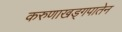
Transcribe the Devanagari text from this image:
करुणाखड्गपातेन